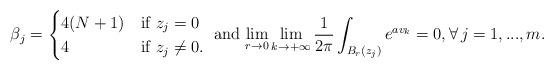
LaTeX: \begin{align*}\beta_j = \begin{cases} 4(N+1) &\mbox{if } z_j = 0 \\ 4 & \mbox{if } z_j\neq0. \end{cases} \mbox{ and } \displaystyle{\lim_{r\to 0} \lim_{k \to + \infty} \frac{1}{2\pi} \int_{B_r(z_j)} e^{av_k} =0, \forall \, j=1,...,m}.\end{align*}